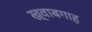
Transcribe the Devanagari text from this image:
ख्‍वाबगाह